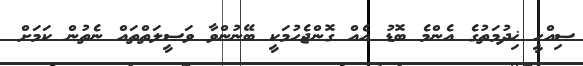
ސިއްހީ ޚިދުމަތުގެ އެންމެ ބޮޑު އެއް ގޮންޖެހުމަކީ ބޭނުންވާ ވަސީލަތްތައް ނެތުން ކަމަށް